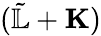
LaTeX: (\tilde{\mathbb{L}}+{\mathbf K})